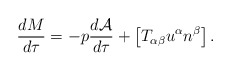
\begin{align*}\frac{dM}{d\tau} = - p \frac{d{\cal A}}{d\tau} +\left[ T_{\alpha \beta} u^\alpha n^\beta \right] .\end{align*}